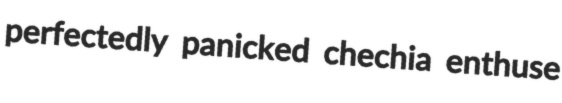
perfectedly panicked chechia enthuse